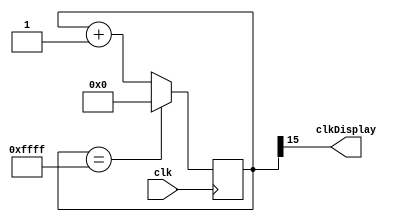
module clkVis(
    input clk,
    output clkDisplay
);
reg [15:0] contar;
assign clkDisplay = contar[15]; // 763 Hz aprox.
always @ (posedge clk) begin
    contar <= contar + 1;
    if (contar == 16'hFFFF) begin
        contar <= 16'h0;
    end
end
endmodule